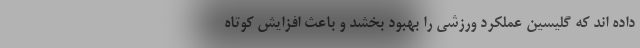
داده اند که گلیسین عملکرد ورزشی را بهبود بخشد و باعث افزایش کوتاه